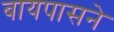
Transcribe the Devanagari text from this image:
बायपासने